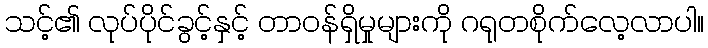
သင့်၏ လုပ်ပိုင်ခွင့်နှင့် တာဝန်ရှိမှုများကို ဂရုတစိုက်လေ့လာပါ။